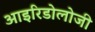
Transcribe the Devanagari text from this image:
आइरिडोलोजी